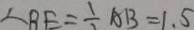
\therefore B E = \frac { 1 } { 2 } A B = 1 . 5